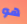
هو